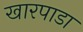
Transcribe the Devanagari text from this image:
खारपाडा